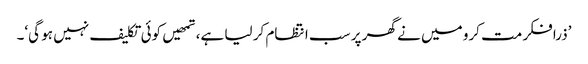
’ذرا فکر مت کرو میں نے گھر پر سب انتظام کر لیا ہے، تمھیں کوئی تکلیف نہیں ہو گی‘۔